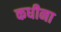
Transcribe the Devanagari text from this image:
कधीना